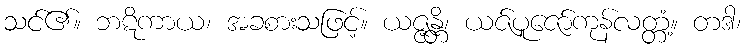
သင်၏။ ဘဋိကာယ၊ အခစားသဖြင့်။ ယဇ္ဇန္တိ၊ ယဇ်ပူဇော်ကုန်လတ္တံ့။ တဒါ၊